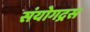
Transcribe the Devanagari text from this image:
संयोगद्रस